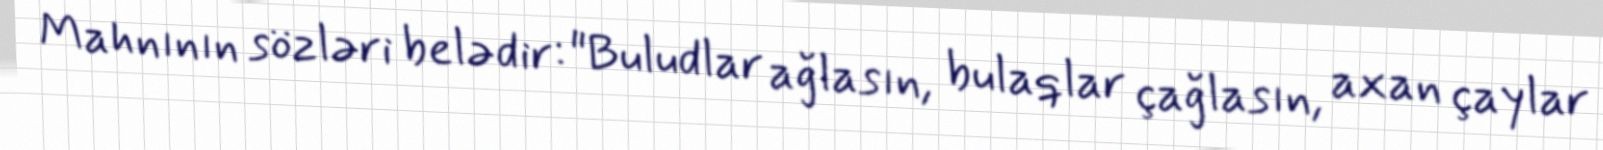
Mahnının sözləri belədir: "Buludlar ağlasın, bulaqlar çağlasın, axan çaylar